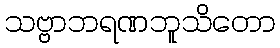
သဗ္ဗာဘရဏဘူသိတော